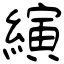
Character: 縯